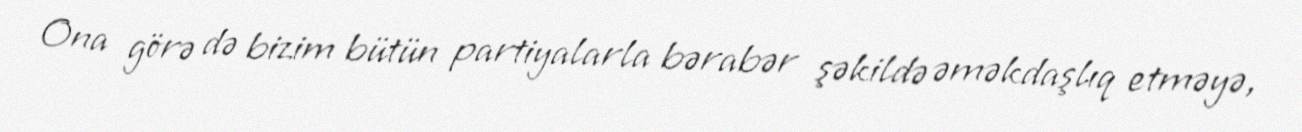
Ona görə də bizim bütün partiyalarla bərabər şəkildə əməkdaşlıq etməyə,